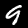
Label: 9